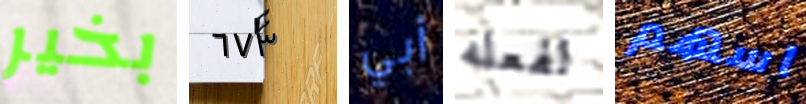
بخير ٦٧٣ أبي لفعله اسهم